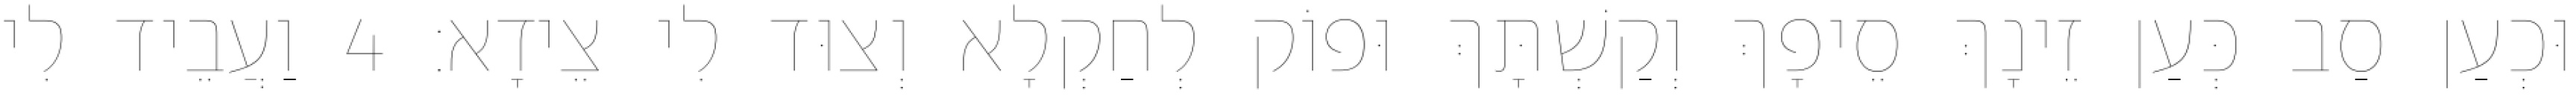
וּכְעַן סַב כְּעַן זֵינָךְ סֵיפָךְ וְקַשְׁתָּךְ וּפוֹק לְחַקְלָא וְצוּד לִי צֵידָא׃ 4 וַעֲבֵיד לִי